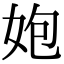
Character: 㚿